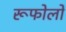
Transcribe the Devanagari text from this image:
रूफोलो